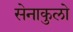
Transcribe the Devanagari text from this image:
सेनाकुलो